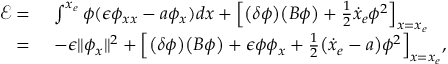
\begin{array} { r l } { \mathcal { E } = \ } & { \int ^ { x _ { e } } \phi ( \epsilon \phi _ { x x } - a \phi _ { x } ) d x + \Big [ \big ( \delta \phi \big ) \big ( B \phi \big ) + \frac { 1 } { 2 } \dot { x } _ { e } \phi ^ { 2 } \Big ] _ { x = x _ { e } } } \\ { = \ } & { - \epsilon \| \phi _ { x } \| ^ { 2 } + \Big [ \big ( \delta \phi \big ) \big ( B \phi \big ) + \epsilon \phi \phi _ { x } + \frac { 1 } { 2 } \big ( \dot { x } _ { e } - a \big ) \phi ^ { 2 } \Big ] _ { x = x _ { e } } , } \end{array}